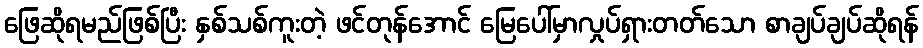
ဖြေဆိုရမည်ဖြစ်ပြီး နှစ်သစ်ကူးတဲ့ ဖင်တုန်အောင် မြေပေါ်မှာလှုပ်ရှားတတ်သော စာချပ်ချပ်ဆိုရန်